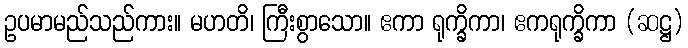
ဥပမာမည်သည်ကား။ မဟတိ၊ ကြီးစွာသော။ ဧကာ ရုက္ခိကာ၊ ဧကရုက္ခိကာ (ဆဋ္ဌ)